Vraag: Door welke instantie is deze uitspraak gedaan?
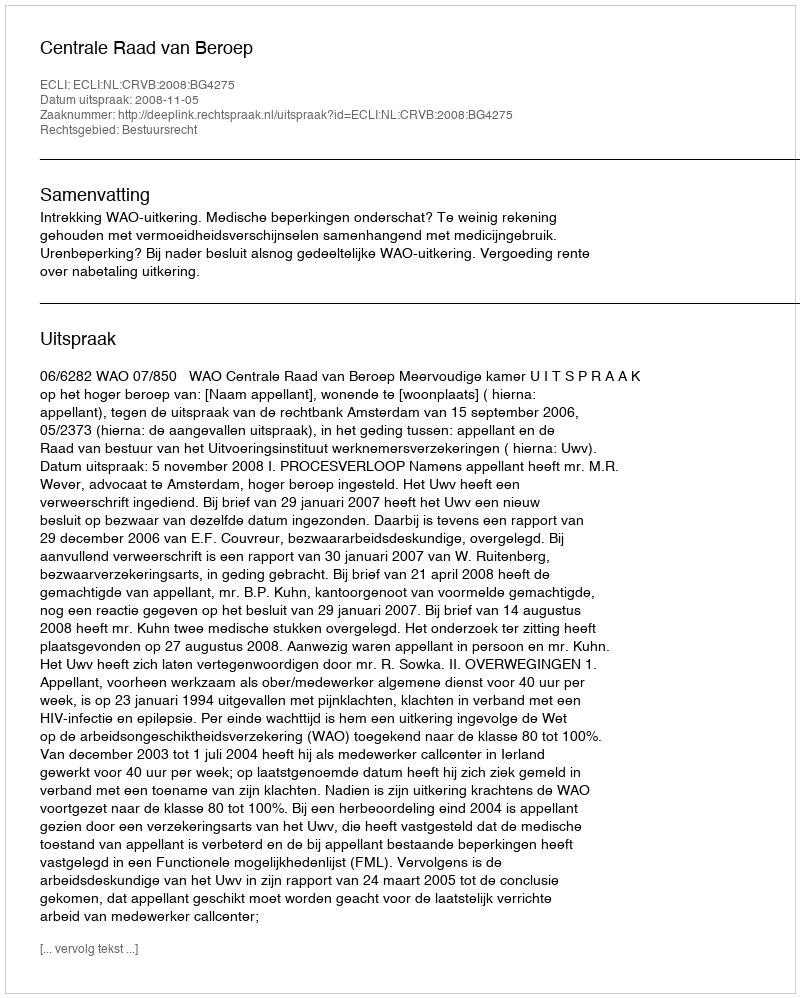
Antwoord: Centrale Raad van Beroep